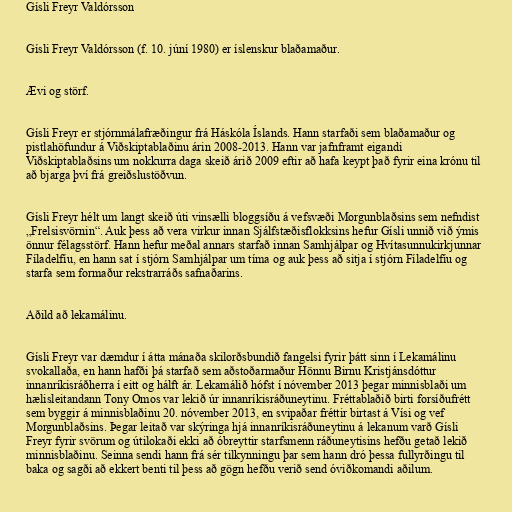
Gísli Freyr Valdórsson

Gísli Freyr Valdórsson (f. 10. júní 1980) er íslenskur blaðamaður.

Ævi og störf.

Gísli Freyr er stjórnmálafræðingur frá Háskóla Íslands. Hann starfaði sem blaðamaður og
pistlahöfundur á Viðskiptablaðinu árin 2008-2013. Hann var jafnframt eigandi
Viðskiptablaðsins um nokkurra daga skeið árið 2009 eftir að hafa keypt það fyrir eina krónu til
að bjarga því frá greiðslustöðvun.

Gísli Freyr hélt um langt skeið úti vinsælli bloggsíðu á vefsvæði Morgunblaðsins sem nefndist
„Frelsisvörnin“. Auk þess að vera virkur innan Sjálfstæðisflokksins hefur Gísli unnið við ýmis
önnur félagsstörf. Hann hefur meðal annars starfað innan Samhjálpar og Hvítasunnukirkjunnar
Fíladelfíu, en hann sat í stjórn Samhjálpar um tíma og auk þess að sitja í stjórn Fíladelfíu og
starfa sem formaður rekstrarráðs safnaðarins.

Aðild að lekamálinu.

Gísli Freyr var dæmdur í átta mánaða skilorðsbundið fangelsi fyrir þátt sinn í Lekamálinu
svokallaða, en hann hafði þá starfað sem aðstoðarmaður Hönnu Birnu Kristjánsdóttur
innanríkisráðherra í eitt og hálft ár. Lekamálið hófst í nóvember 2013 þegar minnisblaði um
hælisleitandann Tony Omos var lekið úr innanríkisráðuneytinu. Fréttablaðið birti forsíðufrétt
sem byggir á minnisblaðinu 20. nóvember 2013, en svipaðar fréttir birtast á Vísi og vef
Morgunblaðsins. Þegar leitað var skýringa hjá innanríkisráðuneytinu á lekanum varð Gísli
Freyr fyrir svörum og útilokaði ekki að óbreyttir starfsmenn ráðuneytisins hefðu getað lekið
minnisblaðinu. Seinna sendi hann frá sér tilkynningu þar sem hann dró þessa fullyrðingu til
baka og sagði að ekkert benti til þess að gögn hefðu verið send óviðkomandi aðilum.